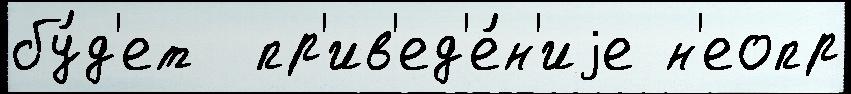
бу́д'ет  пр'ив'ед'е́н'иjе н'еопр